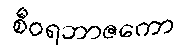
စီဝရဘာဇကော